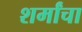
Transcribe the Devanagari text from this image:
शर्मांचा